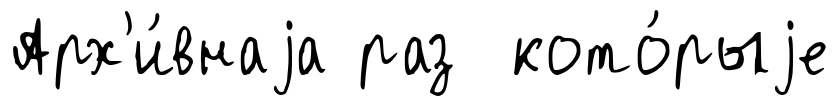
Арх'и́внаjа раз кото́рыjе